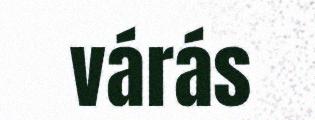
várás